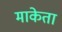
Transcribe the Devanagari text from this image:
माकेता